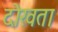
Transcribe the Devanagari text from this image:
दोखता